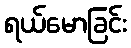
ရယ်မောခြင်း